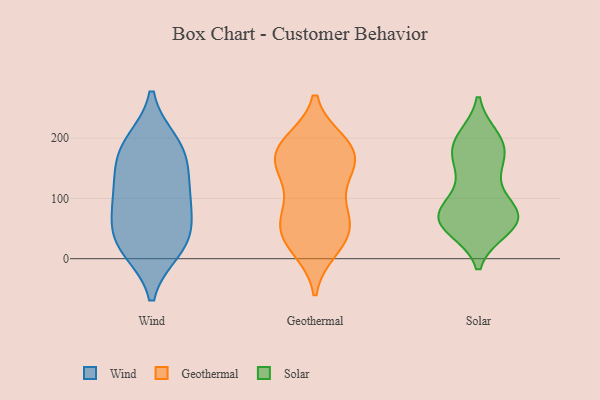
{"axis": {"x": "Humidity (%)", "y": "Value"}, "legend": ["Geothermal", "Solar", "Wind"], "data": [{"x": "", "y": 172, "type": "Wind"}, {"x": "", "y": 40, "type": "Wind"}, {"x": "", "y": 191, "type": "Wind"}, {"x": "", "y": 17, "type": "Wind"}, {"x": "", "y": 40, "type": "Wind"}, {"x": "", "y": 102, "type": "Wind"}, {"x": "", "y": 21, "type": "Wind"}, {"x": "", "y": 146, "type": "Wind"}, {"x": "", "y": 103, "type": "Wind"}, {"x": "", "y": 91, "type": "Wind"}, {"x": "", "y": 185, "type": "Wind"}, {"x": "", "y": 193, "type": "Geothermal"}, {"x": "", "y": 193, "type": "Geothermal"}, {"x": "", "y": 173, "type": "Geothermal"}, {"x": "", "y": 64, "type": "Geothermal"}, {"x": "", "y": 173, "type": "Geothermal"}, {"x": "", "y": 43, "type": "Geothermal"}, {"x": "", "y": 148, "type": "Geothermal"}, {"x": "", "y": 87, "type": "Geothermal"}, {"x": "", "y": 186, "type": "Geothermal"}, {"x": "", "y": 140, "type": "Geothermal"}, {"x": "", "y": 136, "type": "Geothermal"}, {"x": "", "y": 20, "type": "Geothermal"}, {"x": "", "y": 168, "type": "Geothermal"}, {"x": "", "y": 54, "type": "Geothermal"}, {"x": "", "y": 75, "type": "Geothermal"}, {"x": "", "y": 42, "type": "Geothermal"}, {"x": "", "y": 17, "type": "Geothermal"}, {"x": "", "y": 81, "type": "Solar"}, {"x": "", "y": 200, "type": "Solar"}, {"x": "", "y": 155, "type": "Solar"}, {"x": "", "y": 150, "type": "Solar"}, {"x": "", "y": 189, "type": "Solar"}, {"x": "", "y": 88, "type": "Solar"}, {"x": "", "y": 65, "type": "Solar"}, {"x": "", "y": 85, "type": "Solar"}, {"x": "", "y": 193, "type": "Solar"}, {"x": "", "y": 53, "type": "Solar"}, {"x": "", "y": 149, "type": "Solar"}, {"x": "", "y": 62, "type": "Solar"}, {"x": "", "y": 86, "type": "Solar"}, {"x": "", "y": 180, "type": "Solar"}, {"x": "", "y": 50, "type": "Solar"}, {"x": "", "y": 60, "type": "Solar"}, {"x": "", "y": 198, "type": "Solar"}, {"x": "", "y": 60, "type": "Solar"}, {"x": "", "y": 63, "type": "Solar"}]}